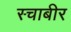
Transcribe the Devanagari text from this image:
स्चाबीर